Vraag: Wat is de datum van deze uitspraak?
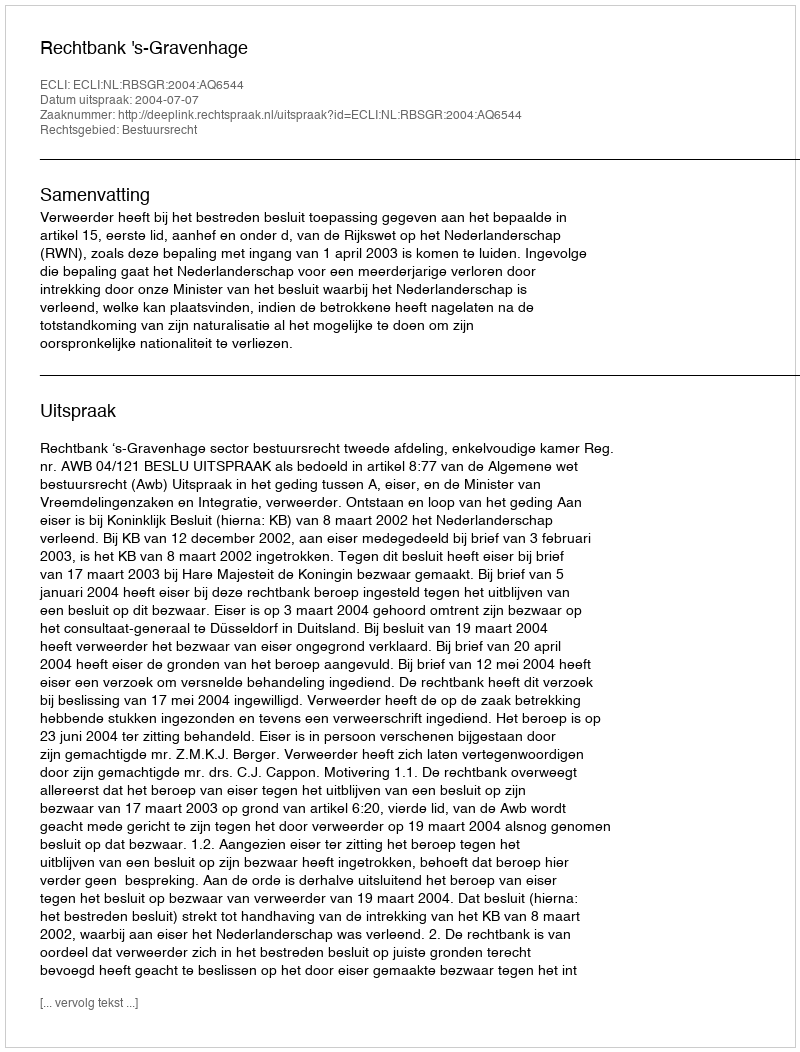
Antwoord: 2004-07-07